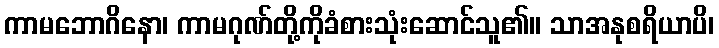
ကာမဘောဂိနော၊ ကာမဂုဏ်တို့ကိုခံစားသုံးဆောင်သူ၏။ သာအနုစရိယာပိ၊